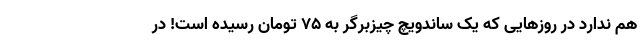
هم ندارد در روزهایی که یک ساندویچ چیزبرگر به 75 تومان رسیده است! در